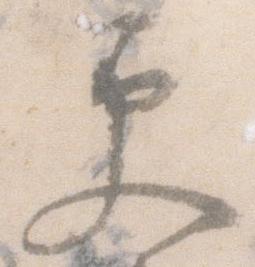
更